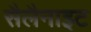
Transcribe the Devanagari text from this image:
सैलैनाइट